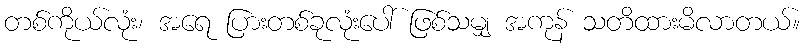
တစ်ကိုယ်လုံး၊ အရေ ပြားတစ်ခုလုံးပေါ် ဖြစ်သမျှ အကုန် သတိထားမိလာတယ်။